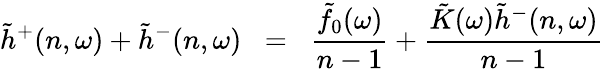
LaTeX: \tilde{h}^{+}(n,\omega)+\tilde{h}^{-}(n,\omega)\; \; =\; \; \frac{\tilde{f}_{0}(\omega)}{n-1}+\frac{\tilde{K}(\omega)\tilde{h}^{-}(n,\omega)}{n-1}